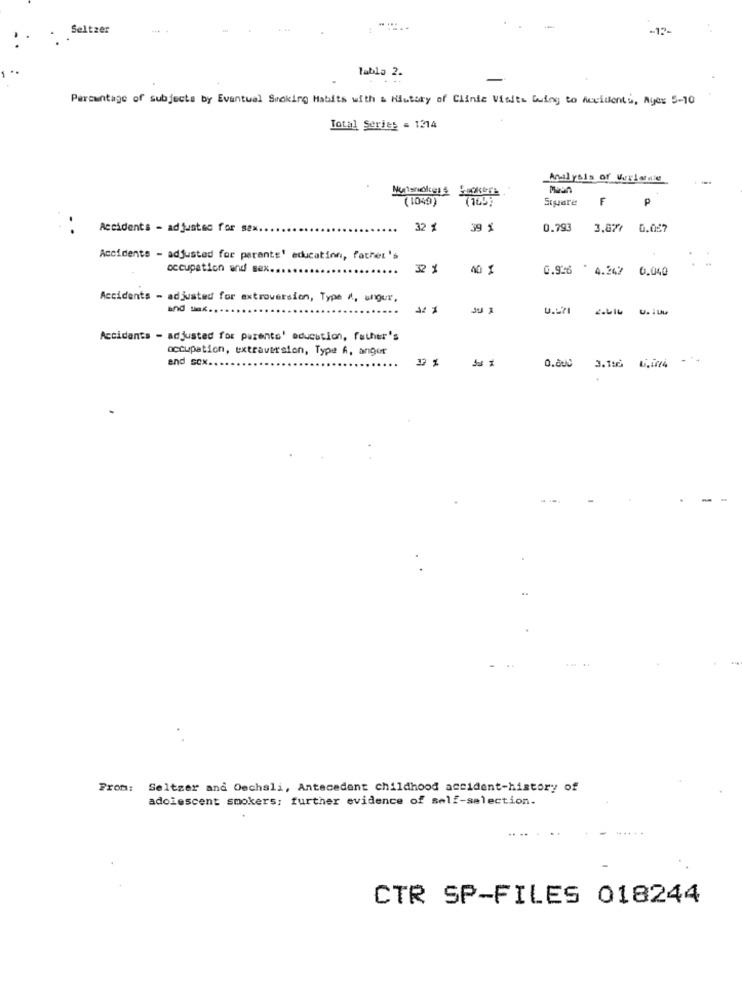
Seltzer
-
Tabla 2.
Percentage of subjects by Eventual Smoking Habits with a History of Clinic Visits Going to Accidents, Ayer 5-10
Total Series = 1214
Analysis of Vericial
(1049)
(169;
Sigare
F
P
Accidents - adjusted for se
32 $
39 1
0.793
3.077
0.057
Accidents - adjusted for perante' education, father's
occupation and sex.
32 %
40 1
0.926 * 4.242 0.040
Accidents - adjusted for extroversion, Type A, ungur,
and sex ..
Accidents - adjusted for parents' education, father's
occupation, extraversion, Type A, anger
and sox ..
0.800 3.ten 1.104 -
..
From:
Seltzer and Oechali, Antecedent childhood accident-history of
adolescent smokers: further evidence of self-selection.
CTR SP-FILES 018244